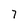
Character: 7